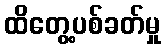
ထိတွေ့ပစ်ခတ်မှု